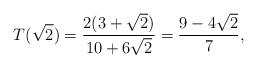
LaTeX: \begin{align*}T(\sqrt{2})=\frac{2 (3 + \sqrt{2})}{10 + 6 \sqrt{2}}=\frac{9 - 4 \sqrt{2}}{7},\end{align*}